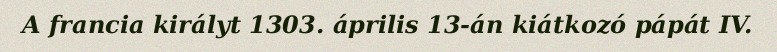
A francia királyt 1303. április 13-án kiátkozó pápát IV.